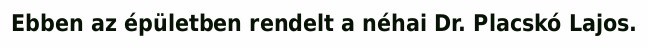
Ebben az épületben rendelt a néhai Dr. Placskó Lajos.